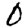
Digit: 0